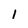
Character: 1